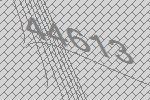
44613